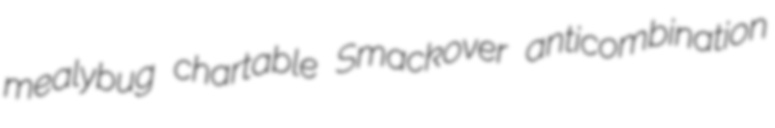
mealybug chartable Smackover anticombination